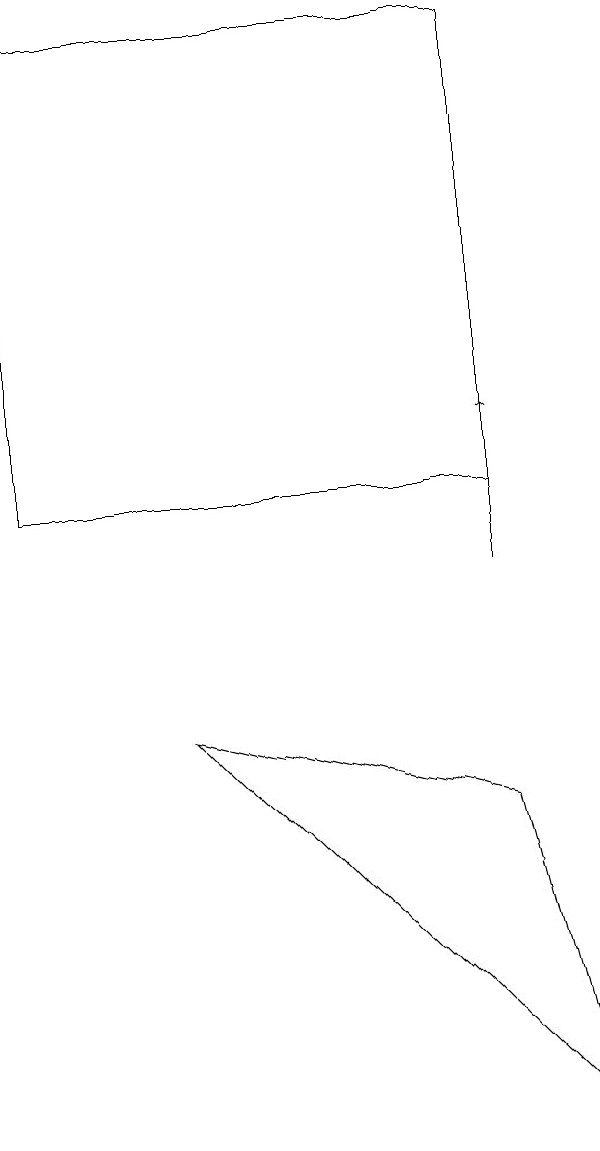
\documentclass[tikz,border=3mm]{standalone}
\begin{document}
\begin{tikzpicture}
\draw[->] (7,10) -- (7,12);
\draw (7,7) -- (3,8) -- (8,3) -- cycle;
\draw (7,11) rectangle (1,17);
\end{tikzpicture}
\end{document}